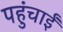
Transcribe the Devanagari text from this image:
पहुंचाईं